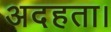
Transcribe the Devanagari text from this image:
अदहता।